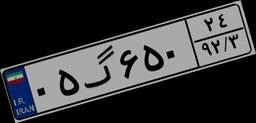
۰۵گ۶۵۰۲۴